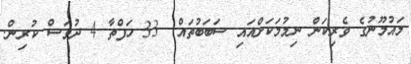
މައުމޫނުގެ ވެރިކަން ނިމުމަކަށްއައި ސަބަބުތައް  33 ހަފްތާ 4 ދުވަސް ކުރިން.